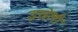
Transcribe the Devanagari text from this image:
इस्रेली